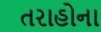
તરાહોના